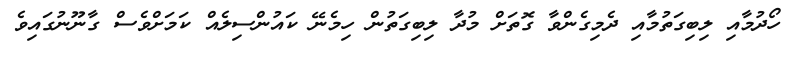
ހޯދުމާއި ލިބިގަތުމާއި ދެމިގެންވާ ގޮތަށް މުދާ ލިބިގަތުން ހިމެނޭ ކައުންސިލެއް ކަމަށްވެސް ގާނޫނުގައިވެ